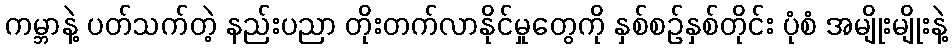
ကမ္ဘာနဲ့ ပတ်သက်တဲ့ နည်းပညာ တိုးတက်လာနိုင်မှုတွေကို နှစ်စဉ်နှစ်တိုင်း ပုံစံ အမျိုးမျိုးနဲ့